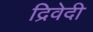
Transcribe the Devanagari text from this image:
द्रिवेदी